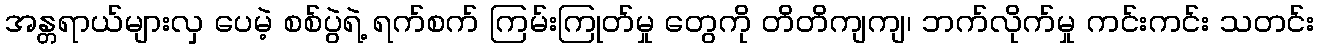
အန္တရာယ်များလှ ပေမဲ့ စစ်ပွဲရဲ့ ရက်စက် ကြမ်းကြုတ်မှု တွေကို တိတိကျကျ၊ ဘက်လိုက်မှု ကင်းကင်း သတင်း